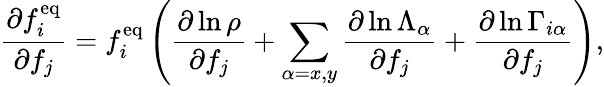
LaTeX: \frac{\partial f_{i}^{\mathrm{eq}}}{\partial f_{j}}=f_{i}^{\mathrm{eq}}\left(\frac{\partial\ln\rho}{\partial f_{j}}+\sum_{\alpha=x,y}\frac{\partial\ln\Lambda_{\alpha}}{\partial f_{j}}+\frac{\partial\ln\Gamma_{i\alpha}}{\partial f_{j}}\right),